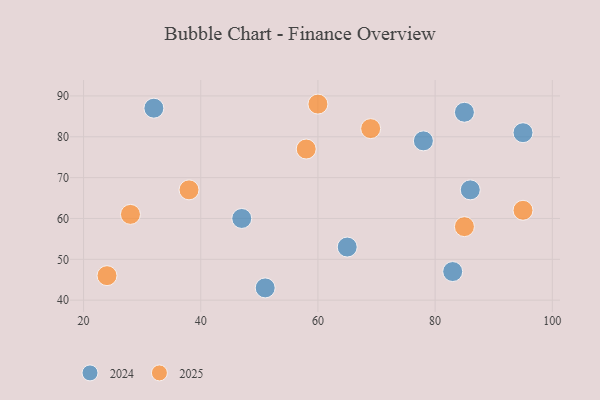
{"axis": {"x": "GDP", "y": "Life Expectancy"}, "legend": ["2024", "2025"], "data": [{"x": "28", "y": 61, "type": "2025"}, {"x": "58", "y": 77, "type": "2025"}, {"x": "38", "y": 67, "type": "2025"}, {"x": "24", "y": 46, "type": "2025"}, {"x": "85", "y": 58, "type": "2025"}, {"x": "60", "y": 88, "type": "2025"}, {"x": "69", "y": 82, "type": "2025"}, {"x": "95", "y": 62, "type": "2025"}, {"x": "65", "y": 53, "type": "2024"}, {"x": "78", "y": 79, "type": "2024"}, {"x": "47", "y": 60, "type": "2024"}, {"x": "85", "y": 86, "type": "2024"}, {"x": "32", "y": 87, "type": "2024"}, {"x": "86", "y": 67, "type": "2024"}, {"x": "51", "y": 43, "type": "2024"}, {"x": "83", "y": 47, "type": "2024"}, {"x": "95", "y": 81, "type": "2024"}]}